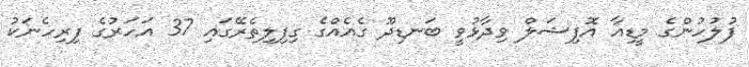
ފުލުހުންގެ މީޑިއާ އޮފިޝަލް ވިދާޅުވީ ބަނޑިދޫ ގެއެއްގެ ގިފިލިތެރޭގައި 37 އަހަރުގެ ފިރިހެނަކު